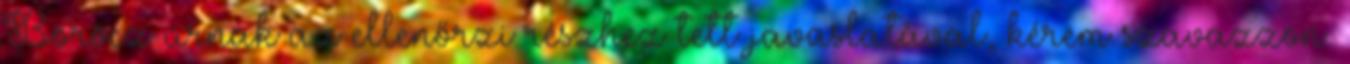
Böröcz úrnak az ellenőrzi részhez tett javaslatával, kérem szavazzon.